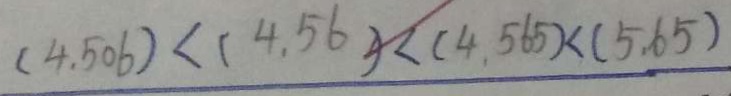
( 4 . 5 0 6 ) < ( 4 . 5 6 ) < ( 4 . 5 6 5 ) < ( 5 . 6 5 )